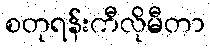
စတုရန်းကီလိုမီတာ